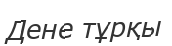
Дене тұрқы